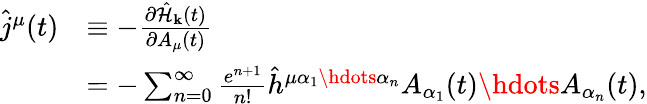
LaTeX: \begin{array}{rl}{\hat{j}^{\mu}(t)}&{\equiv-\frac{\partial\hat{\mathcal{H}}_{\mathbf{k}}(t)}{\partial A_{\mu}(t)}}\\ &{=-\sum_{n=0}^{\infty}\frac{e^{n+1}}{n!}\hat{h}^{\mu\alpha_{1}\hdots\alpha_{n}}A_{\alpha_{1}}(t)\hdots A_{\alpha_{n}}(t)\mathrm{,}}\end{array}